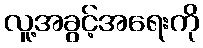
လူ့အခွင့်အရေးကို